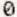
0